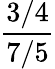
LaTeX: \frac{3/4}{7/5}